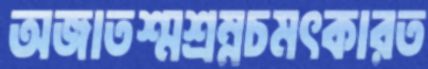
অজাতশ্মশ্রম্নচমৎকারত